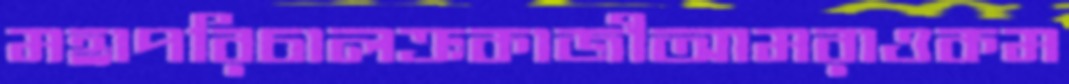
মহাপরিচালক্রকাজীআমরাওকম